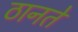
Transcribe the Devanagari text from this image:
ठानते